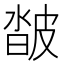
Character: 𤿽